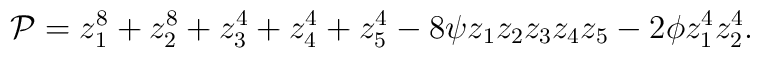
{\cal P}=z_1^8 +z_2^8 +z_3^4 +z_4^4 + z_5^4 -8\psi z_1 z_2  z_3 z_4 z_5 - 2\phi z_1^4 z_2^4.